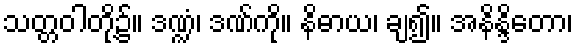
သတ္တဝါတို့၌။ ဒဏ္ဍံ၊ ဒဏ်ကို။ နိဓာယ၊ ချ၍။ အနိန္ဒိတော၊